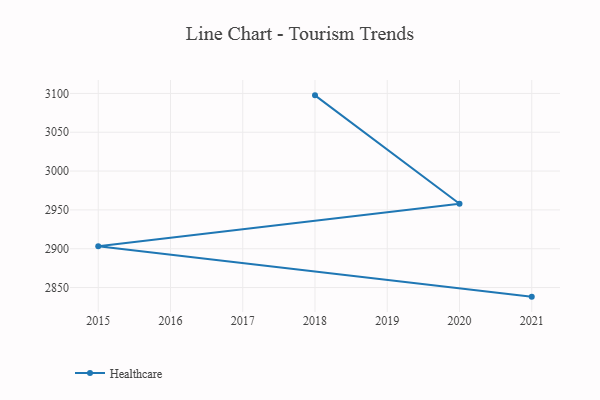
{"axis": {"x": "Year", "y": "Latency (ms)"}, "legend": ["Healthcare"], "data": [{"x": "2018", "y": 3097.5, "type": "Healthcare"}, {"x": "2020", "y": 2958.0, "type": "Healthcare"}, {"x": "2015", "y": 2903.3, "type": "Healthcare"}, {"x": "2021", "y": 2838.3, "type": "Healthcare"}]}